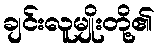
ချင်းလူမျိုးတို့၏